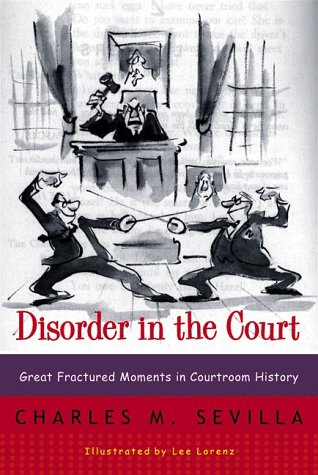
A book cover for Disorder in the Court: Great Fractured Moments in Courtroom History; Charles M. Sevilla; Humor & Entertainment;